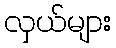
လှယ်များ